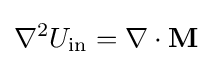
\nabla ^{2}U_{\text{in}}=\nabla \cdot \mathbf {M}